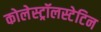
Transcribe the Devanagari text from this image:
कोलेस्ट्रॉलस्टेटिन